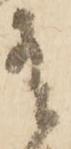
有